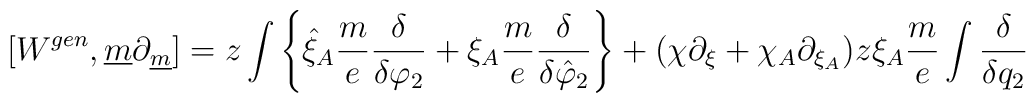
[ W^{gen} , \underline{m} \partial_{\underline{m}} ] =  z \int \left\{ \hat{\xi}_A \frac{m}{e} \frac{\delta}{\delta \varphi_2} +  \xi_A \frac{m}{e} \frac{\delta}{\delta \hat{\varphi}_2} \right\} +  (\chi \partial_{\xi} + \chi_A \partial_{\xi_A} ) z \xi_A \frac{m}{e}  \int \frac{\delta}{\delta q_2}